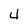
Character: 4